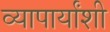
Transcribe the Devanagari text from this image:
व्यापार्यांशी